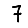
Digit: 7